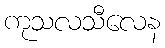
ကုသလသီလေန